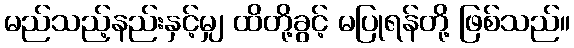
မည်သည့်နည်းနှင့်မျှ ထိတို့ခွင့် မပြုရန်တို့ ဖြစ်သည်။